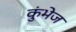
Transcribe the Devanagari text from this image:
कुंभेज